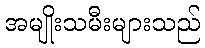
အမျိုးသမီးများသည်